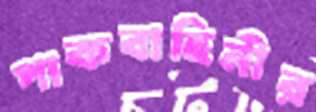
পাকবাহিনীর